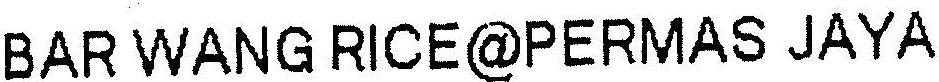
BAR WANG RICE@PERMAS JAYA